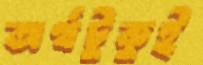
অর্থটুকুই